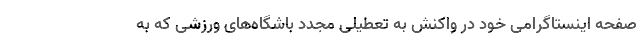
صفحه اینستاگرامی خود در واکنش به تعطیلی مجدد باشگاه‌های ورزشی که به